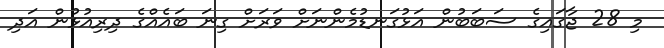
މި 28 ޖާގައިގެ ސަބަބުން އަޅުގަނޑުމެންނަށް ވަރަށް ގިނަ ބައެއްގެ ދިރިއުޅުން އަދި